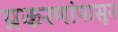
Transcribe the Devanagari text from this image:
प्रकरणांपासून